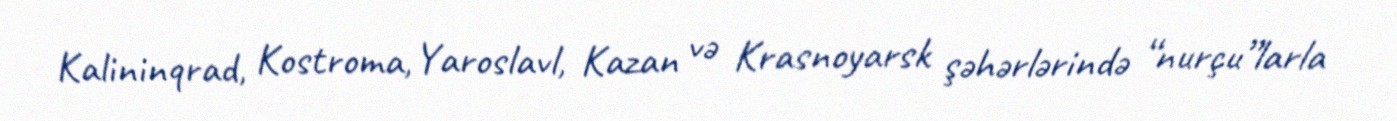
Kalininqrad, Kostroma, Yaroslavl, Kazan və Krasnoyarsk şəhərlərində “nurçu”larla